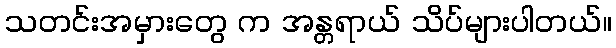
သတင်းအမှားတွေ က အန္တရာယ် သိပ်များပါတယ်။